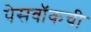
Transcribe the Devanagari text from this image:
पेसवॉकची